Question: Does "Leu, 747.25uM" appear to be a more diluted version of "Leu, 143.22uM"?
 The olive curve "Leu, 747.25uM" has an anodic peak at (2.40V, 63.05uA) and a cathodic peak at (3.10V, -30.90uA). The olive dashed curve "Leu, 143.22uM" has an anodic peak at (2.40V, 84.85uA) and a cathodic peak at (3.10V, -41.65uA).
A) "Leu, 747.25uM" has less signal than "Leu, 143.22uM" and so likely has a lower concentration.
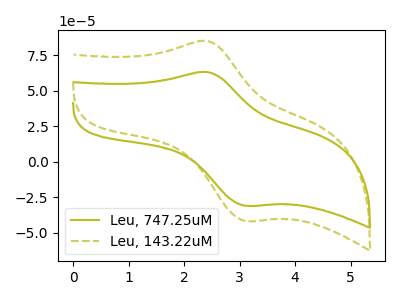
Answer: <think>All the peaks in "Leu, 747.25uM" have a peak in "Leu, 143.22uM" at the same potential. Every peak in "Leu, 747.25uM" is lower than every peak in "Leu, 143.22uM".
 </think>
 <answer>A) "Leu, 747.25uM" has less signal than "Leu, 143.22uM" and so likely has a lower concentration.</answer>
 <eval>A</eval>